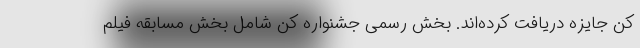
کن جایزه دریافت کرده‌اند. بخش رسمی جشنواره کن شامل بخش مسابقه فیلم